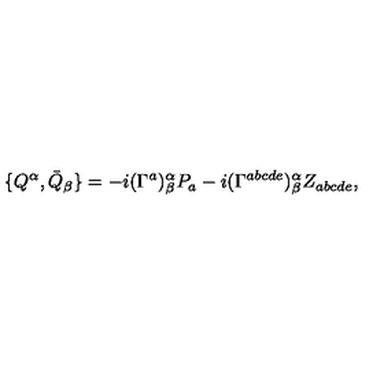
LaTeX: \{ Q ^ { \alpha } , \bar { Q } _ { \beta } \} = - i ( \Gamma ^ { a } ) _ { \beta } ^ { \alpha } P _ { a } - i ( \Gamma ^ { a b c d e } ) _ { \beta } ^ { \alpha } Z _ { a b c d e } ,